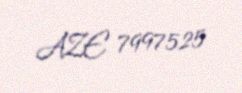
AZE 7997525